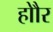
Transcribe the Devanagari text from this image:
होौर